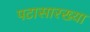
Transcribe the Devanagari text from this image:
पटासारख्या